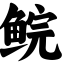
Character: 鲩